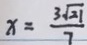
x = \frac { 3 \sqrt { 2 1 } } { 7 }